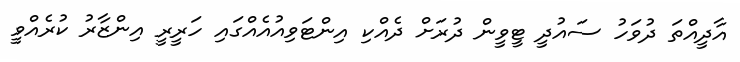
އާދީއްތަ ދުވަހު ސައުދީ ޓީވީން ދުރަށް ދެއްކި އިންޓަވިއުއެއްގައި ހަރީރީ އިންޒާރު ކުރެއްވީ